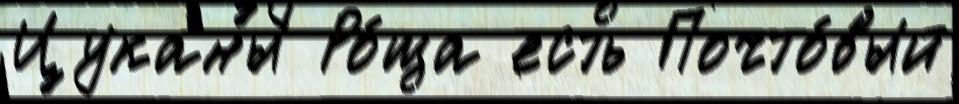
Цуканы Ро́ща есть Почто́вый